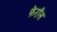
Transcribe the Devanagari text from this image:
फेरॉल